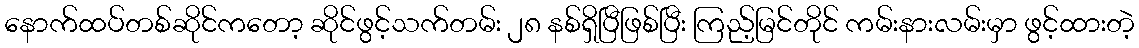
နောက်ထပ်တစ်ဆိုင်ကတော့ ဆိုင်ဖွင့်သက်တမ်း ၂၈ နစ်ရှိပြီဖြစ်ပြီး ကြည့်မြင်တိုင် ကမ်းနားလမ်းမှာ ဖွင့်ထားတဲ့